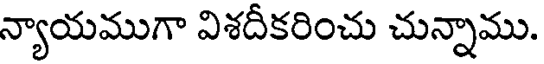
న్యాయముగా విశదీకరించు చున్నాము.